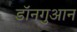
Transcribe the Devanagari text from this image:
डॉनगुआन